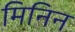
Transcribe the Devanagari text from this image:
मिनिन